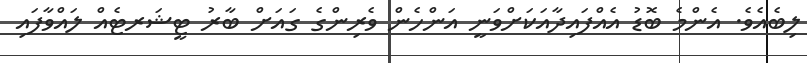
ލިބެއެވެ. އެންމެ ބޮޑު އެއްފައިދާއަކަށްްވަނީ އަންހެން ވެރިންގެ ގައަށް ބާރު ޓީޝަރޓެއް ލައްވާފައި